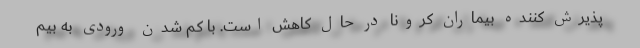
پذیرش کننده بیماران کرونا در حال کاهش است. با کم شدن ورودی به بیم